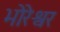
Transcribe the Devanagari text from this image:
भोरेश्वर